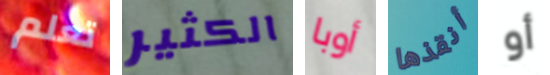
تعلم الكثير أوبا أنقذها أو